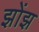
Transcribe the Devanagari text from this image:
झोंझ